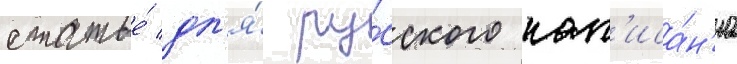
статье́ дл'я́ ру́сского нап'иса́н'иа